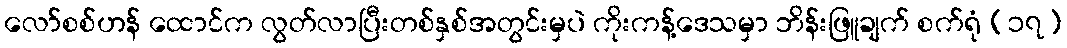
လော်စစ်ဟန် ထောင်က လွတ်လာပြီးတစ်နှစ်အတွင်းမှပဲ ကိုးကန့်ဒေသမှာ ဘိန်းဖြူချက် စက်ရုံ (၁၇)